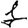
Digit: 1